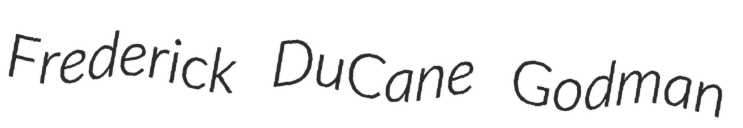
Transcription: Frederick DuCane Godman